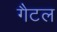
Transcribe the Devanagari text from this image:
गैटल